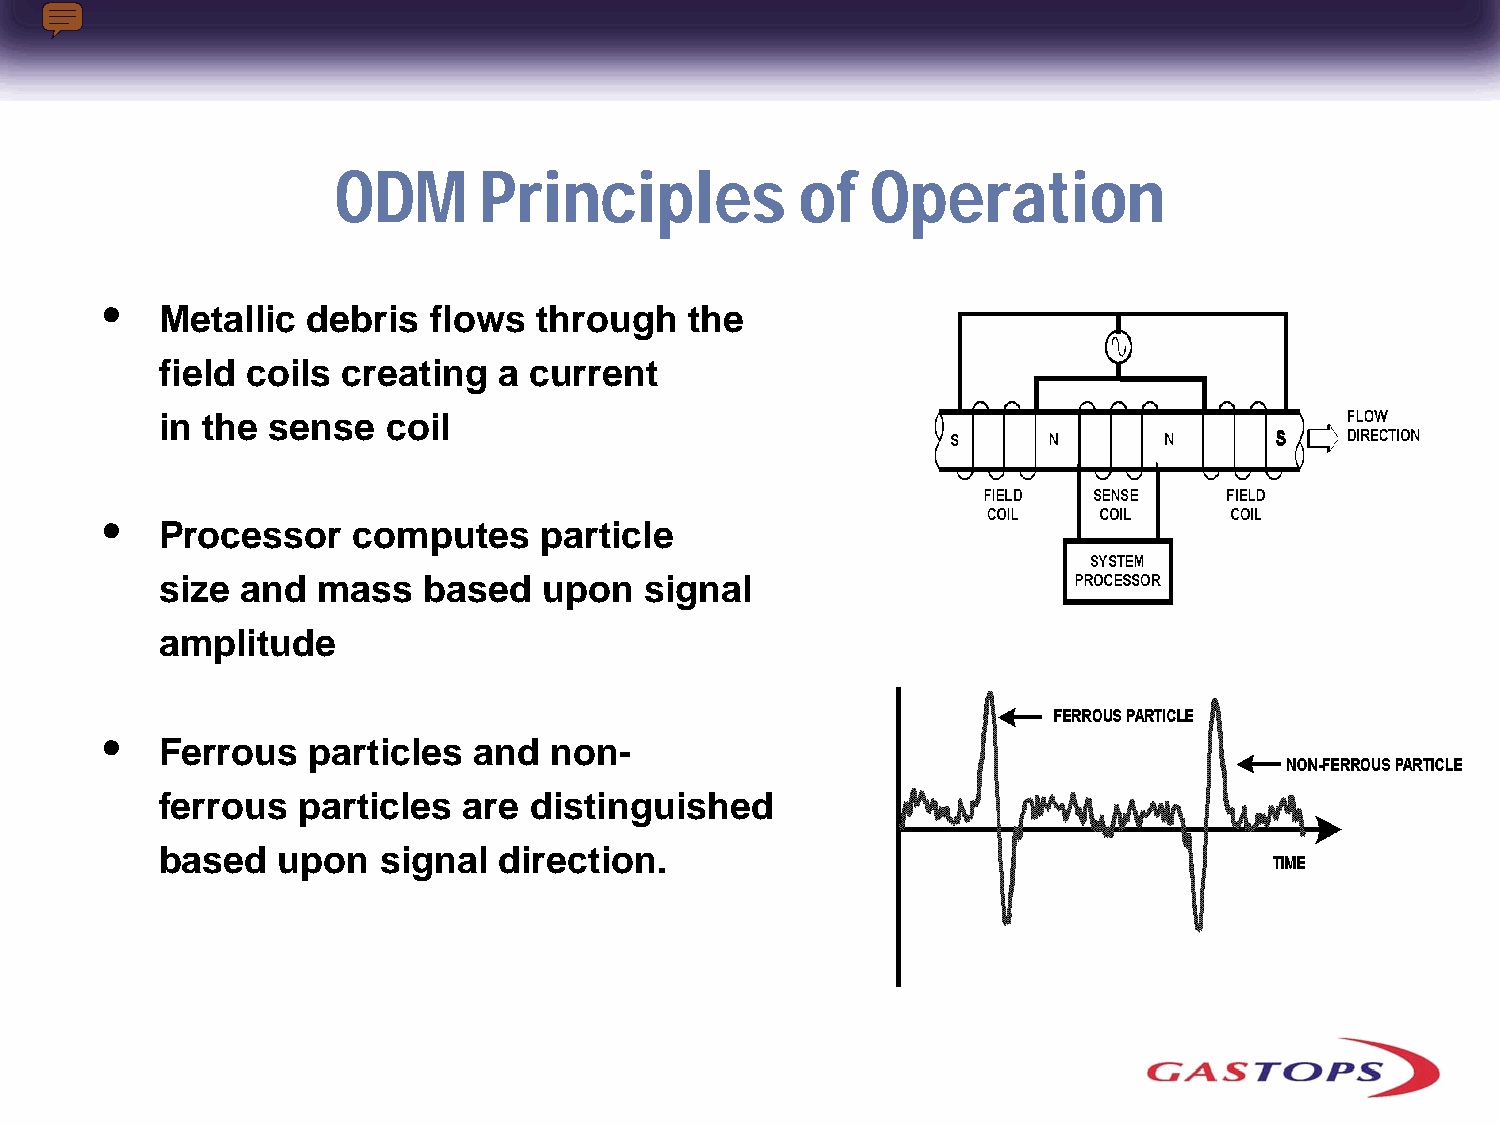
ODM       Principles           of   Operation
 •
 Metallic  debris  flows  through    the
 field coils  creating  a current
 in the  sense   coil
 •
 Processor    computes     particle
 size  and  mass   based   upon   signal
 amplitude
 •
 Ferrous   particles  and  non-
 ferrous   particles  are distinguished
 based   upon   signal  direction.